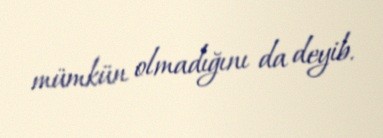
mümkün olmadığını da deyib.